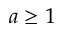
a \ge 1